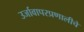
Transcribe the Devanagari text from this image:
उर्जावापरप्रणालीचे